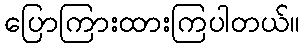
ပြောကြားထားကြပါတယ်။